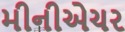
મીનીએચર